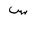
Letter: _sin